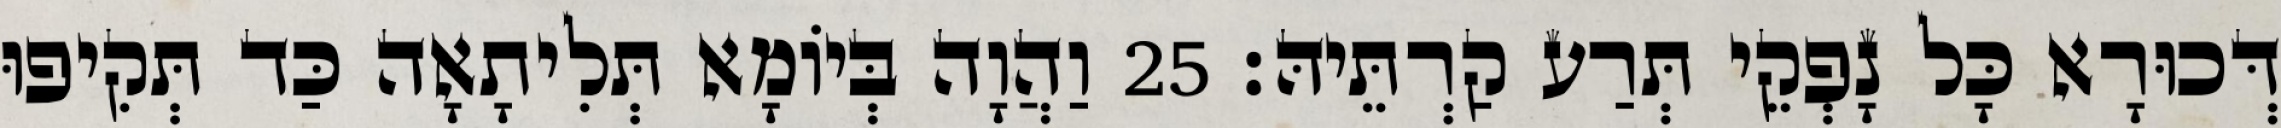
דְּכוּרָא כָּל נָפְקֵי תְּרַע קַרְתֵּיהּ׃ 25 וַהֲוָה בְּיוֹמָא תְּלִיתָאָה כַּד תְּקִיפוּ